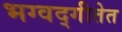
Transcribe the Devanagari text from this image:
भग्वद्गीतेत